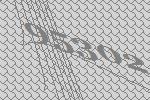
95302